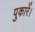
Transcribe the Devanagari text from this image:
पुकारें।